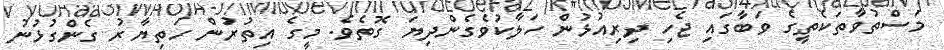
މަސްތުވާތަކެތީގެ ވަބާގައި ޖެހި ދިރިއުޅުން ހަލާކުވެގެންދިޔަ ގޮތެވެ. މީގެ އިތުރުން ހަތިޔާރު ގެންގުޅުނު